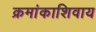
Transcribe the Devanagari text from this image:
क्रमांकाशिवाय